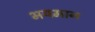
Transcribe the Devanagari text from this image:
भयमान